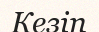
Кезіп